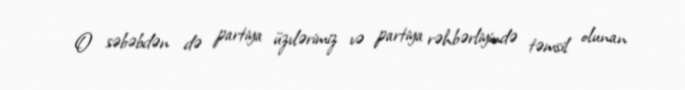
O səbəbdən də partiya üzvlərimiz və partiya rəhbərliyində təmsil olunan